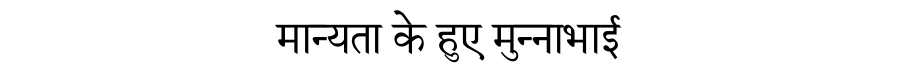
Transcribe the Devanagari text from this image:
मान्यता के हुए मुन्नाभाई